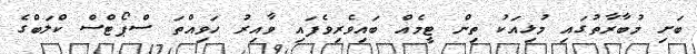
ބަށި މުބާރާތުގައި މުޅިއަކު ތިން ޓީމެއް ބައިވެރިވެފައި ވާއިރު ހަވިއްތަ ސްޕޯޓްސް ކްލަބްގެ